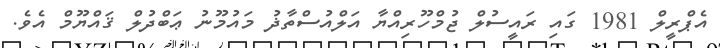
އެޕްރީލް 1981 ގައި ރައީސުލް ޖުމްހޫރިއްޔާ އަލްއުސްތާޛު މައުމޫނު ޢަބްދުލް ޤައްޔޫމް އެވެ.